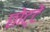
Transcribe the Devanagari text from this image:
छोट्टे